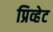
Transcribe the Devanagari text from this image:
प्रिव्हेट